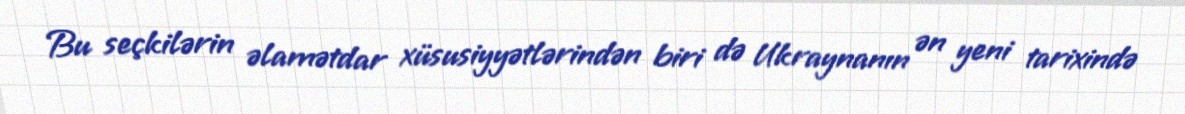
Bu seçkilərin əlamətdar xüsusiyyətlərindən biri də Ukraynanın ən yeni tarixində